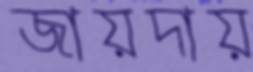
জায়দায়